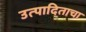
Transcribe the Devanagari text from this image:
उत्पादिताचा